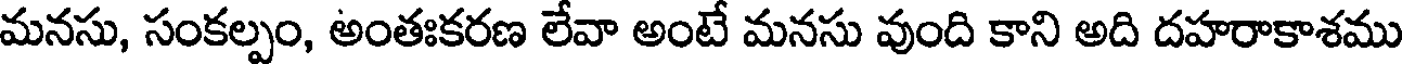
మనసు, సంకల్పం, అంతఃకరణ లేవా అంటే మనసు వుంది కాని అది దహరాకాశము